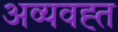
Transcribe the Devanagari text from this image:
अव्यवह्त